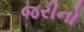
જરીનો